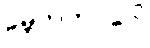
ခမ္ဘကတဝဂ္ဂေါ